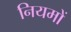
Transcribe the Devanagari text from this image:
नियमों